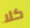
كلا